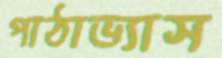
পাঠাভ্যাস